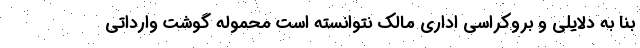
بنا به دلایلی و بروکراسی اداری مالک نتوانسته است محموله گوشت وارداتی